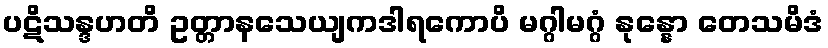
ပဋိသန္ဒဟတိ ဥတ္တာနသေယျကဒါရကောပိ မဂ္ဂါမဂ္ဂံ နုန္နော တေသမိဒံ